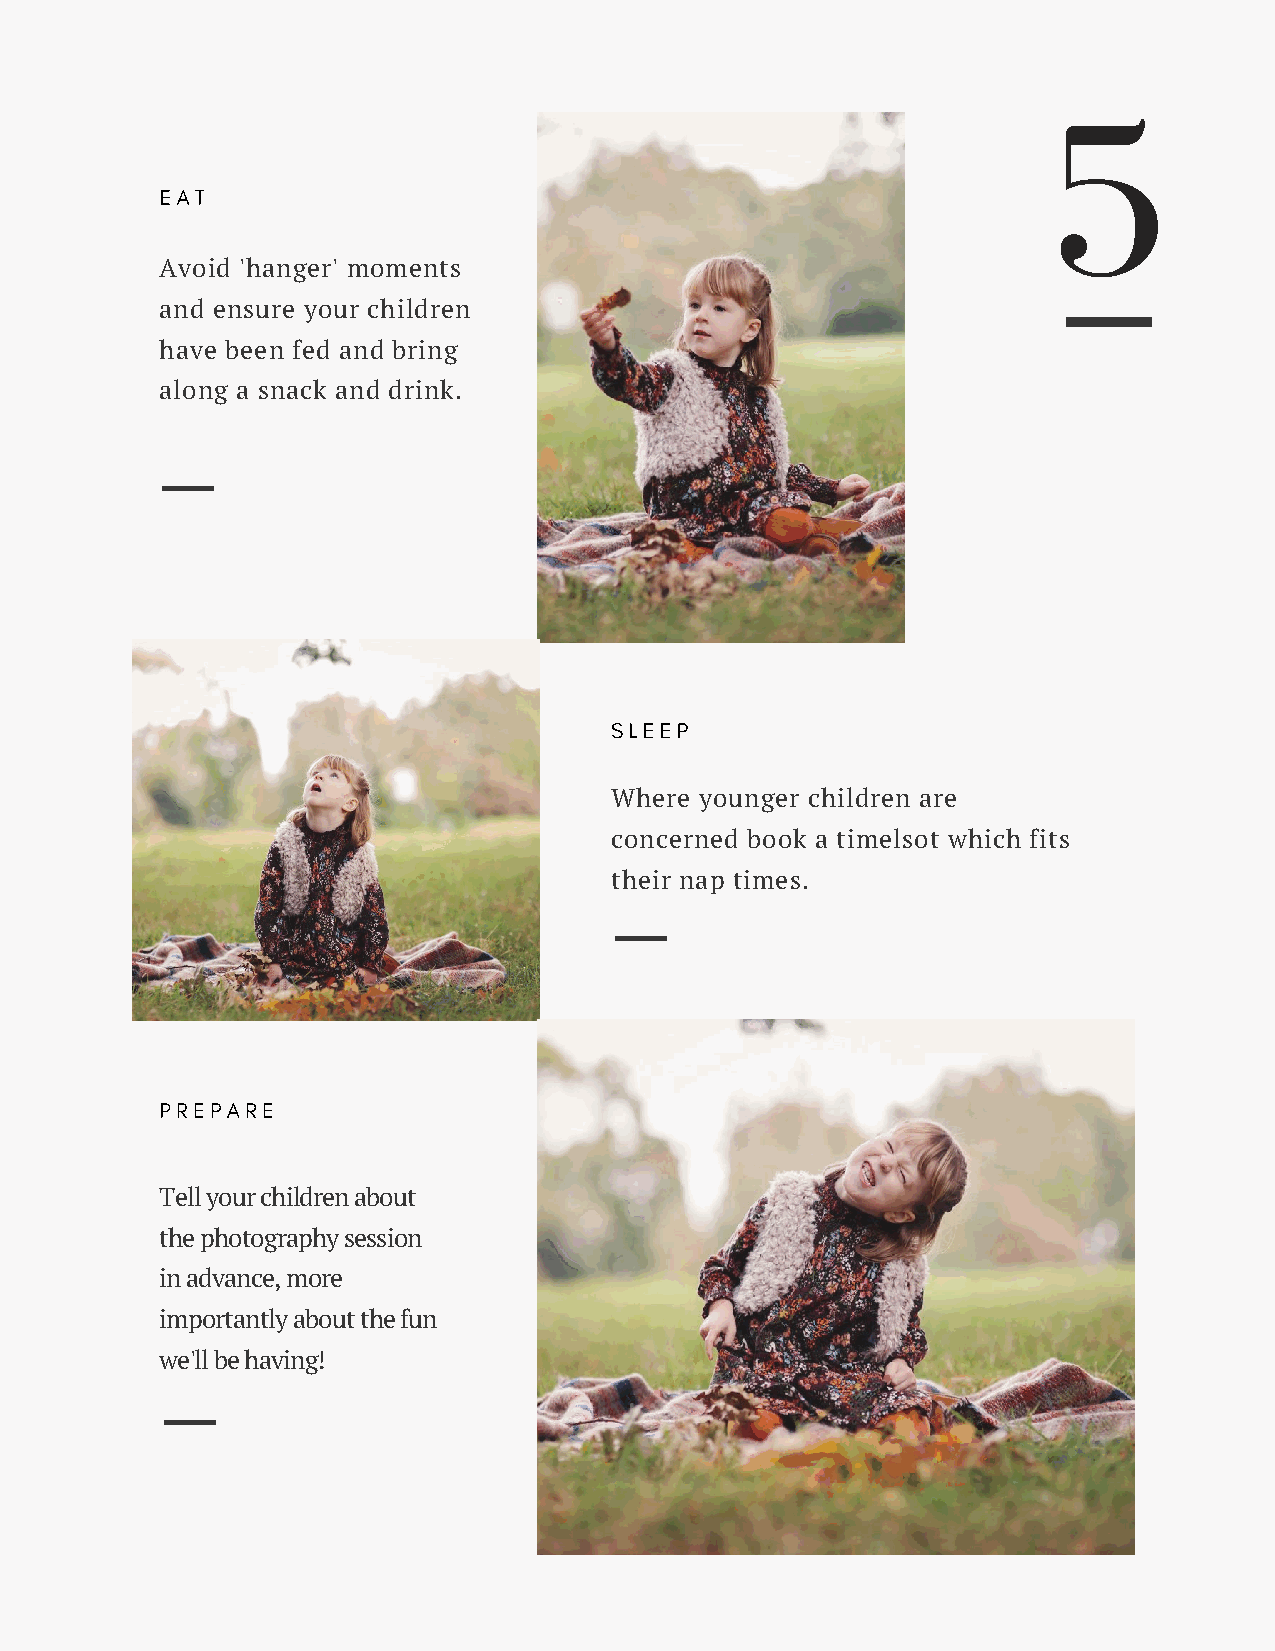
5
 EAT
 Avoid 'hanger' moments
 and ensure your children
 have been fed and bring
 along a snack and drink.
 SLEEP
 Where younger children are
 concerned book a timelsot which fits
 their nap times.
 PREPARE
 Tell your children about
 the photography session
 in advance, more
 importantly about the fun
 we'll be having!